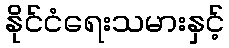
နိုင်ငံရေးသမားနှင့်